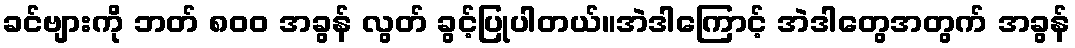
ခင်ဗျားကို ဘတ် ၈၀၀ အခွန် လွတ် ခွင့်ပြုပါတယ်။အဲဒါကြောင့် အဲဒါတွေအတွက် အခွန်